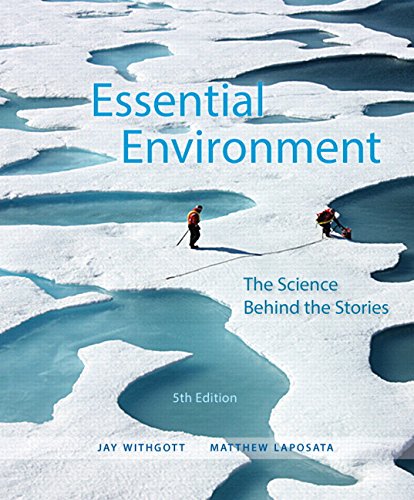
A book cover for Essential Environment: The Science behind the Stories (5th Edition); Jay H. Withgott; Science & Math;